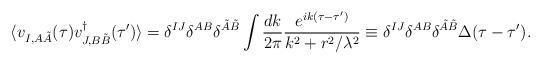
LaTeX: \begin{align*}\langle v_{I,A\tilde{A}}(\tau) v_{J,B\tilde{B}}^\dagger(\tau') \rangle=\delta^{IJ}\delta^{AB}\delta^{\tilde{A}\tilde{B}}\int\frac{dk}{2\pi}\frac{e^{ik(\tau-\tau')}}{k^2+r^2/\lambda^2}\equiv \delta^{IJ}\delta^{AB}\delta^{\tilde{A}\tilde{B}}\Delta(\tau-\tau').\end{align*}